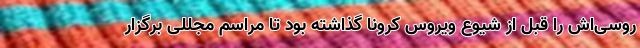
روسی‌اش را قبل از شیوع ویروس کرونا گذاشته بود تا مراسم مجللی برگزار